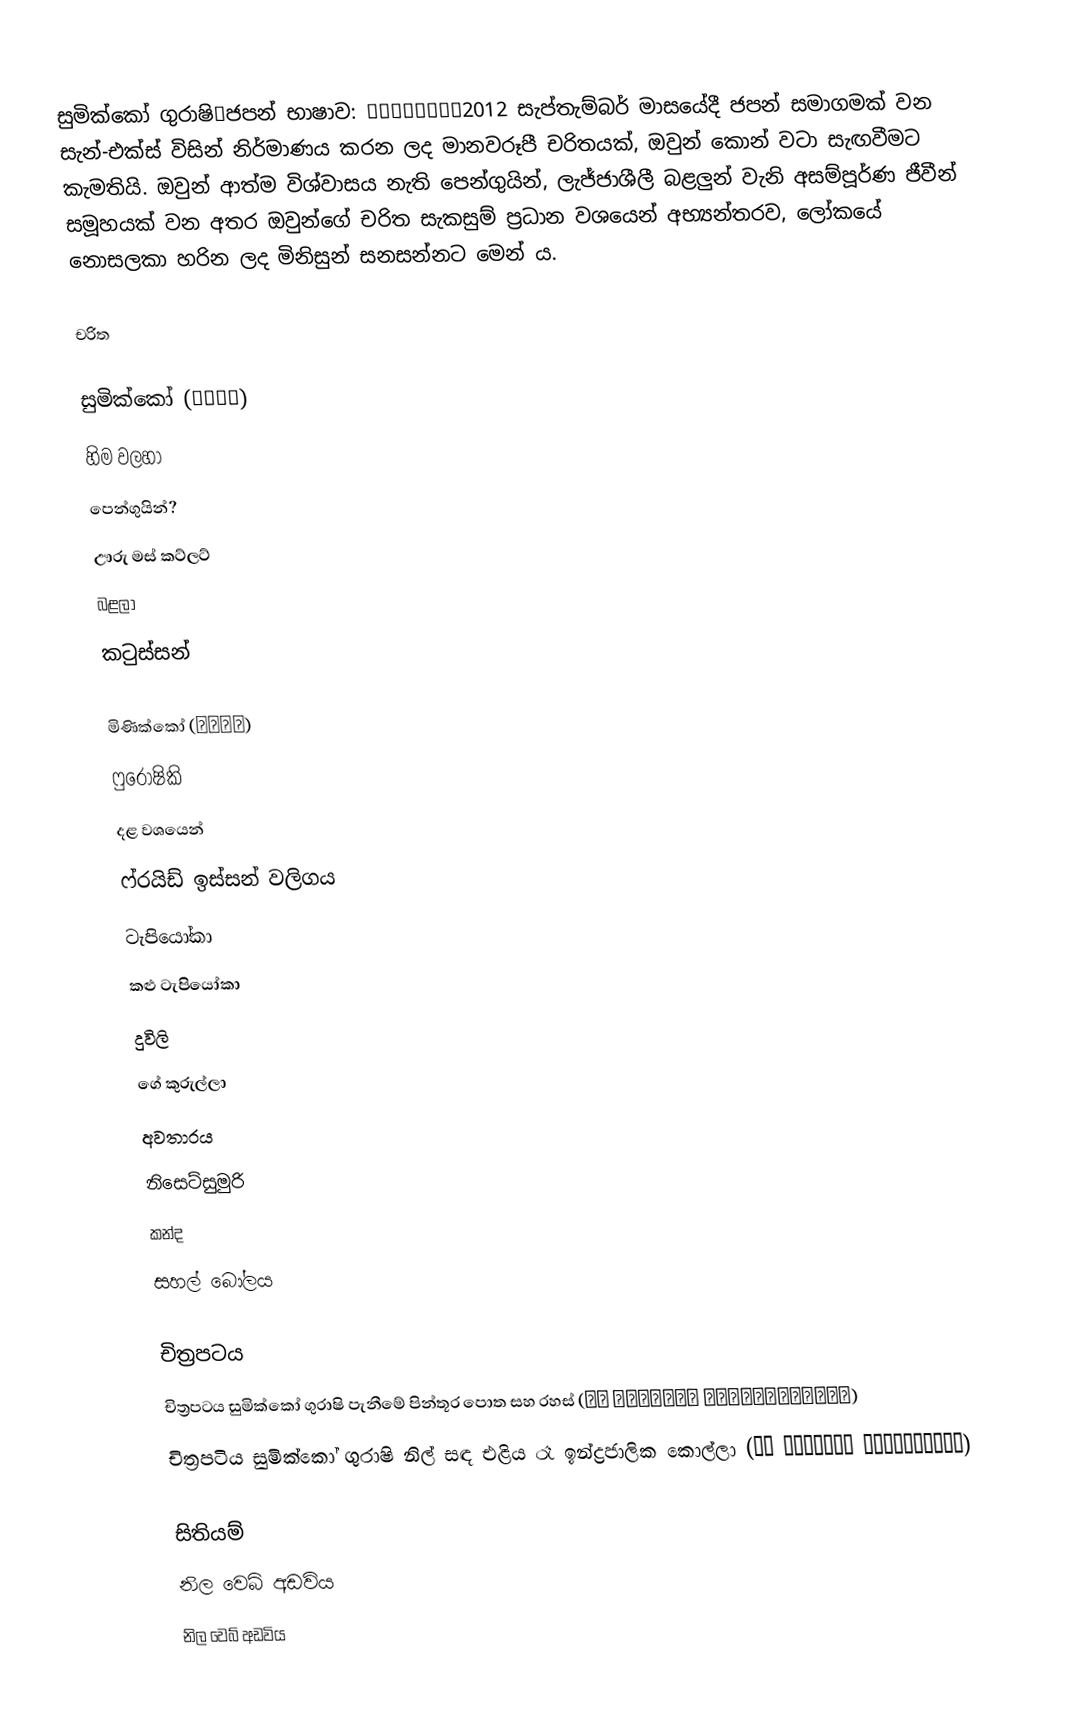
සුමික්කෝ ගුරාෂි（ජපන් භාෂාව: すみっコぐらし）2012 සැප්තැම්බර් මාසයේදී ජපන් සමාගමක් වන සැන්-එක්ස් විසින් නිර්මාණය කරන ලද මානවරූපී චරිතයක්, ඔවුන් කොන් වටා සැඟවීමට කැමතියි. ඔවුන් ආත්ම විශ්වාසය නැති පෙන්ගුයින්, ලැජ්ජාශීලී බළලුන් වැනි අසම්පූර්ණ ජීවීන් සමූහයක් වන අතර ඔවුන්ගේ චරිත සැකසුම් ප්‍රධාන වශයෙන් අභ්‍යන්තරව, ලෝකයේ නොසලකා හරින ලද මිනිසුන් සනසන්නට මෙන් ය.

චරිත

සුමික්කෝ (すみっコ)
හිම වලහා
පෙන්ගුයින්?
ඌරු මස් කට්ලට්
බළලා
කටුස්සන්

මිණික්කෝ (みにっコ)
ෆුරෝෂිකි
දළ වශයෙන්
ෆ්රයිඩ් ඉස්සන් වලිගය
ටැපියෝකා
කළු ටැපියෝකා
දුවිලි
ගේ කුරුල්ලා
අවතාරය
නිසෙට්සුමුරි
කන්ද
සහල් බෝලය

චිත්‍රපටය
 චිත්‍රපටය සුමික්කෝ ගුරාෂි පැනීමේ පින්තූර පොත සහ රහස් (映画 すみっコぐらし とびだす絵本とひみつのコ)
 චිත්‍රපටිය සුමික්කෝ ගුරාෂි නිල් සඳ එළිය රෑ ඉන්ද්‍රජාලික කොල්ලා (映画 すみっコぐらし 青い月夜のまほうのコ)

සිතියම්
නිල වෙබ් අඩවිය
නිල වෙබ් අඩවිය